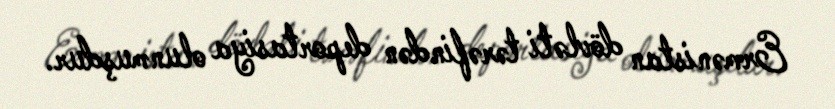
Ermənistan dövləti tərəfindən deportasiya olunmuşdur.